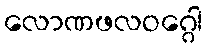
လောဏဖလဝဂ္ဂေါ